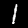
Label: 1